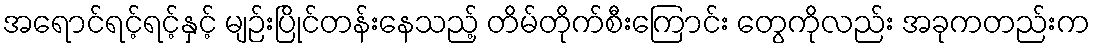
အရောင်ရင့်ရင့်နှင့် မျဉ်းပြိုင်တန်းနေသည့် တိမ်တိုက်စီးကြောင်း တွေကိုလည်း အခုကတည်းက